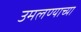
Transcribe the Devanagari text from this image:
उमलण्याच्या